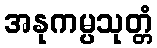
အနုကမ္ပသုတ္တံ